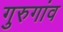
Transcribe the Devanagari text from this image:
गुरुगांव